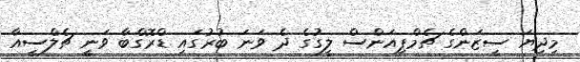
މިދިޔަ ސީޒަންގެ ޗެމްޕިއަންސް ލީގުގެ ދެ ވަނަ ބުރުގައި ޑްރޮގްބާ ވަނީ ޗެލްސީއާ